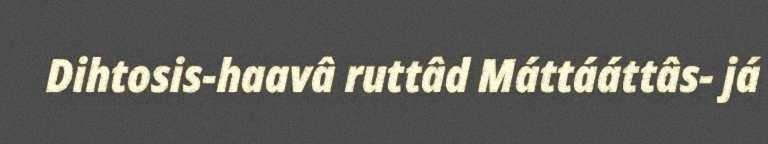
Dihtosis-haavâ ruttâd Máttááttâs- já